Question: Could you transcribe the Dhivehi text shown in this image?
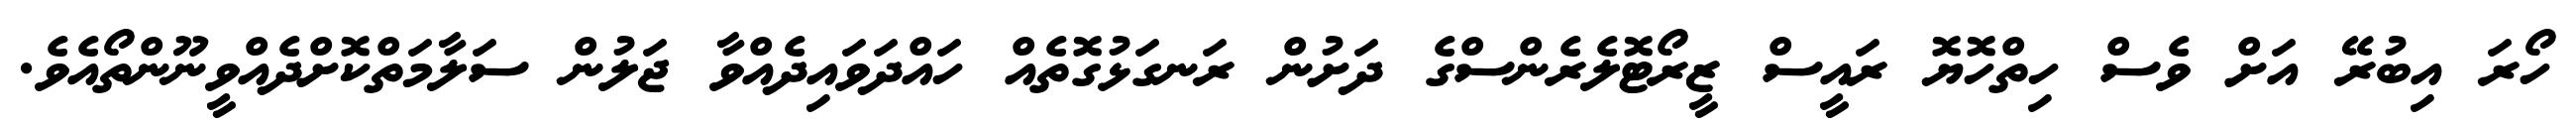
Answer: ހޯރަ އިބުރޭ އަށް ވެސް ހިތްހޮޔޮ ރައީސް ޒީރޯޓޮލެރެންސްގެ ދަށުން ރަނގަޅުގޮތެއް ހައްދަވައިދެއްވާ ޖަލުން ސަލާމަތްކޮށްދެއްވީނޫންތޯއެވެ.